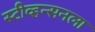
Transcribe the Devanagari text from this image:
स्टीव्हन्सनला